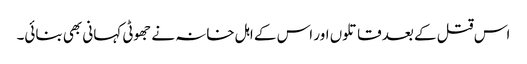
اس قتل کے بعد قاتلوں اور اس کے اہل خانہ نے جھوٹی کہانی بھی بنائی۔